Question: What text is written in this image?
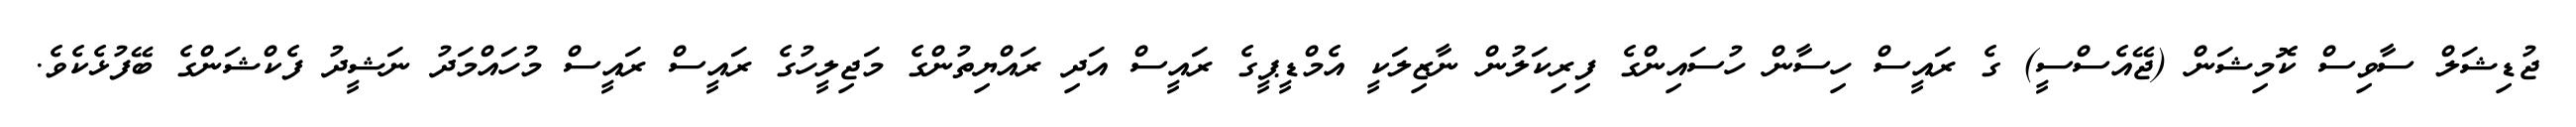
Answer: ޖުޑިޝަލް ސާވިސް ކޮމިޝަން (ޖޭއެސްސީ) ގެ ރައީސް ހިސާން ހުސައިންގެ ފިރިކަލުން ނާޒިލަކީ އެމްޑީޕީގެ ރައީސް އަދި ރައްޔިތުންގެ މަޖިލީހުގެ ރައީސް ރައީސް މުހައްމަދު ނަޝީދު ފެކްޝަންގެ ބޭފުޅެކެވެ.